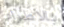
بالاطراء